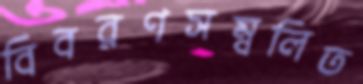
বিবরণসম্বলিত